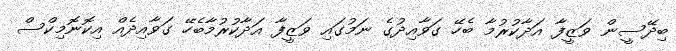
ބިދޭސީން ވަޒީފާ އަދާކުރުމާ ބެހޭ ގަވާއިދުގެ ނަމުގައި ވަޒީފާ އަދާކުރުމާބެހޭ ގަވާއިދެއް އިކޮނޮމިކްސް